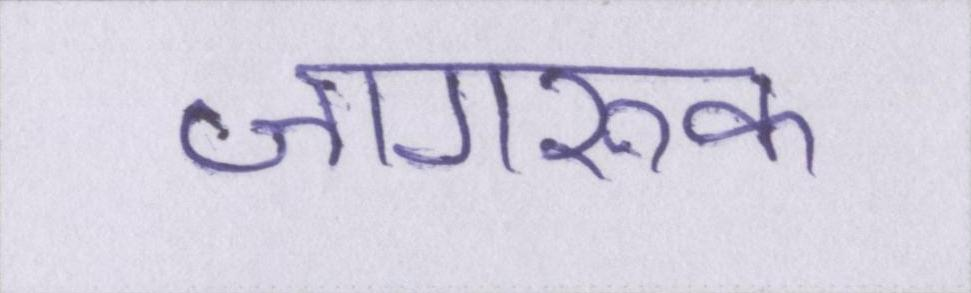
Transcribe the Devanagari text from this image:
जागरूक